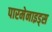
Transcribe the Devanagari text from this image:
पारमेनाइड्स